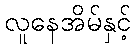
လူနေအိမ်နှင့်